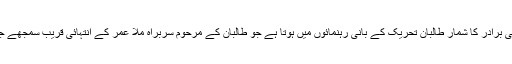
ملا عبدالغنی برادر کا شمار طالبان تحریک کے بانی رہنمائوں میں ہوتا ہے جو طالبان کے مرحوم سربراہ ملا عمر کے انتہائی قریب سمجھے جاتے تھے۔